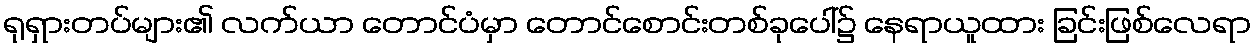
ရုရှားတပ်များ၏ လက်ယာ တောင်ပံမှာ တောင်စောင်းတစ်ခုပေါ်၌ နေရာယူထား ခြင်းဖြစ်လေရာ